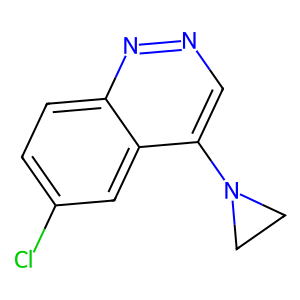
SMILES: Clc1ccc2nncc(N3CC3)c2c1
Inhibits HIV replication: No